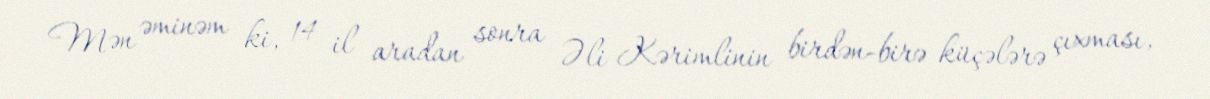
Mən əminəm ki, 14 il aradan sonra Əli Kərimlinin birdən-birə küçələrə çıxması,